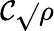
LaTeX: \mathcal{C}\sqrt{}{{\rho}}